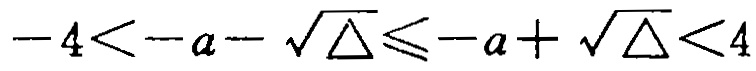
\(-4 < -a - \sqrt{\Delta} \leqslant -a + \sqrt{\Delta} < 4\)